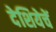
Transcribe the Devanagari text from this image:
देशियेचें